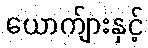
ယောက်ျားနှင့်